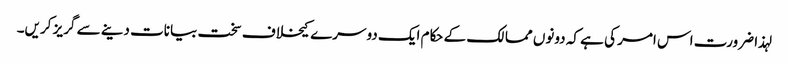
لہذا ضرورت اس امر کی ہے کہ دونوں ممالک کے حکام ایک دوسرے کیخلاف سخت بیانات دینے سے گریز کریں۔